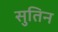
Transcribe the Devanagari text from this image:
सुतिन